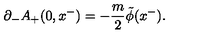
{ \partial } _ { - } A _ { + } ( 0 , x ^ { - } ) = - \frac { m } { 2 } \tilde { \phi } ( x ^ { - } ) .